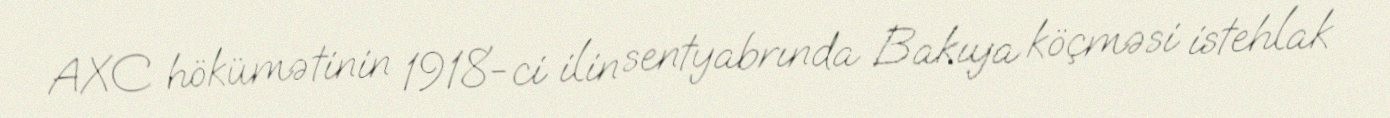
AXC hökümətinin 1918-ci ilin sentyabrında Bakıya köçməsi istehlak